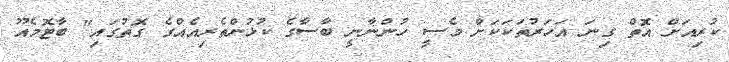
ކުރިއަށް އޮތް ގިނަ އަހަރުތަކަކަށް މެސީ ހުންނާނީ ބާސާގެ ކުޅުންތެރިއެއްގެ ގޮތުގައި" ބާޓޮމެއޫ